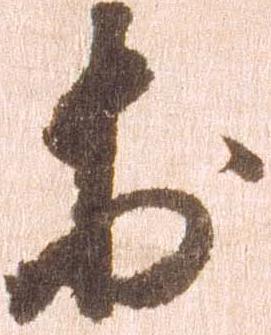
於